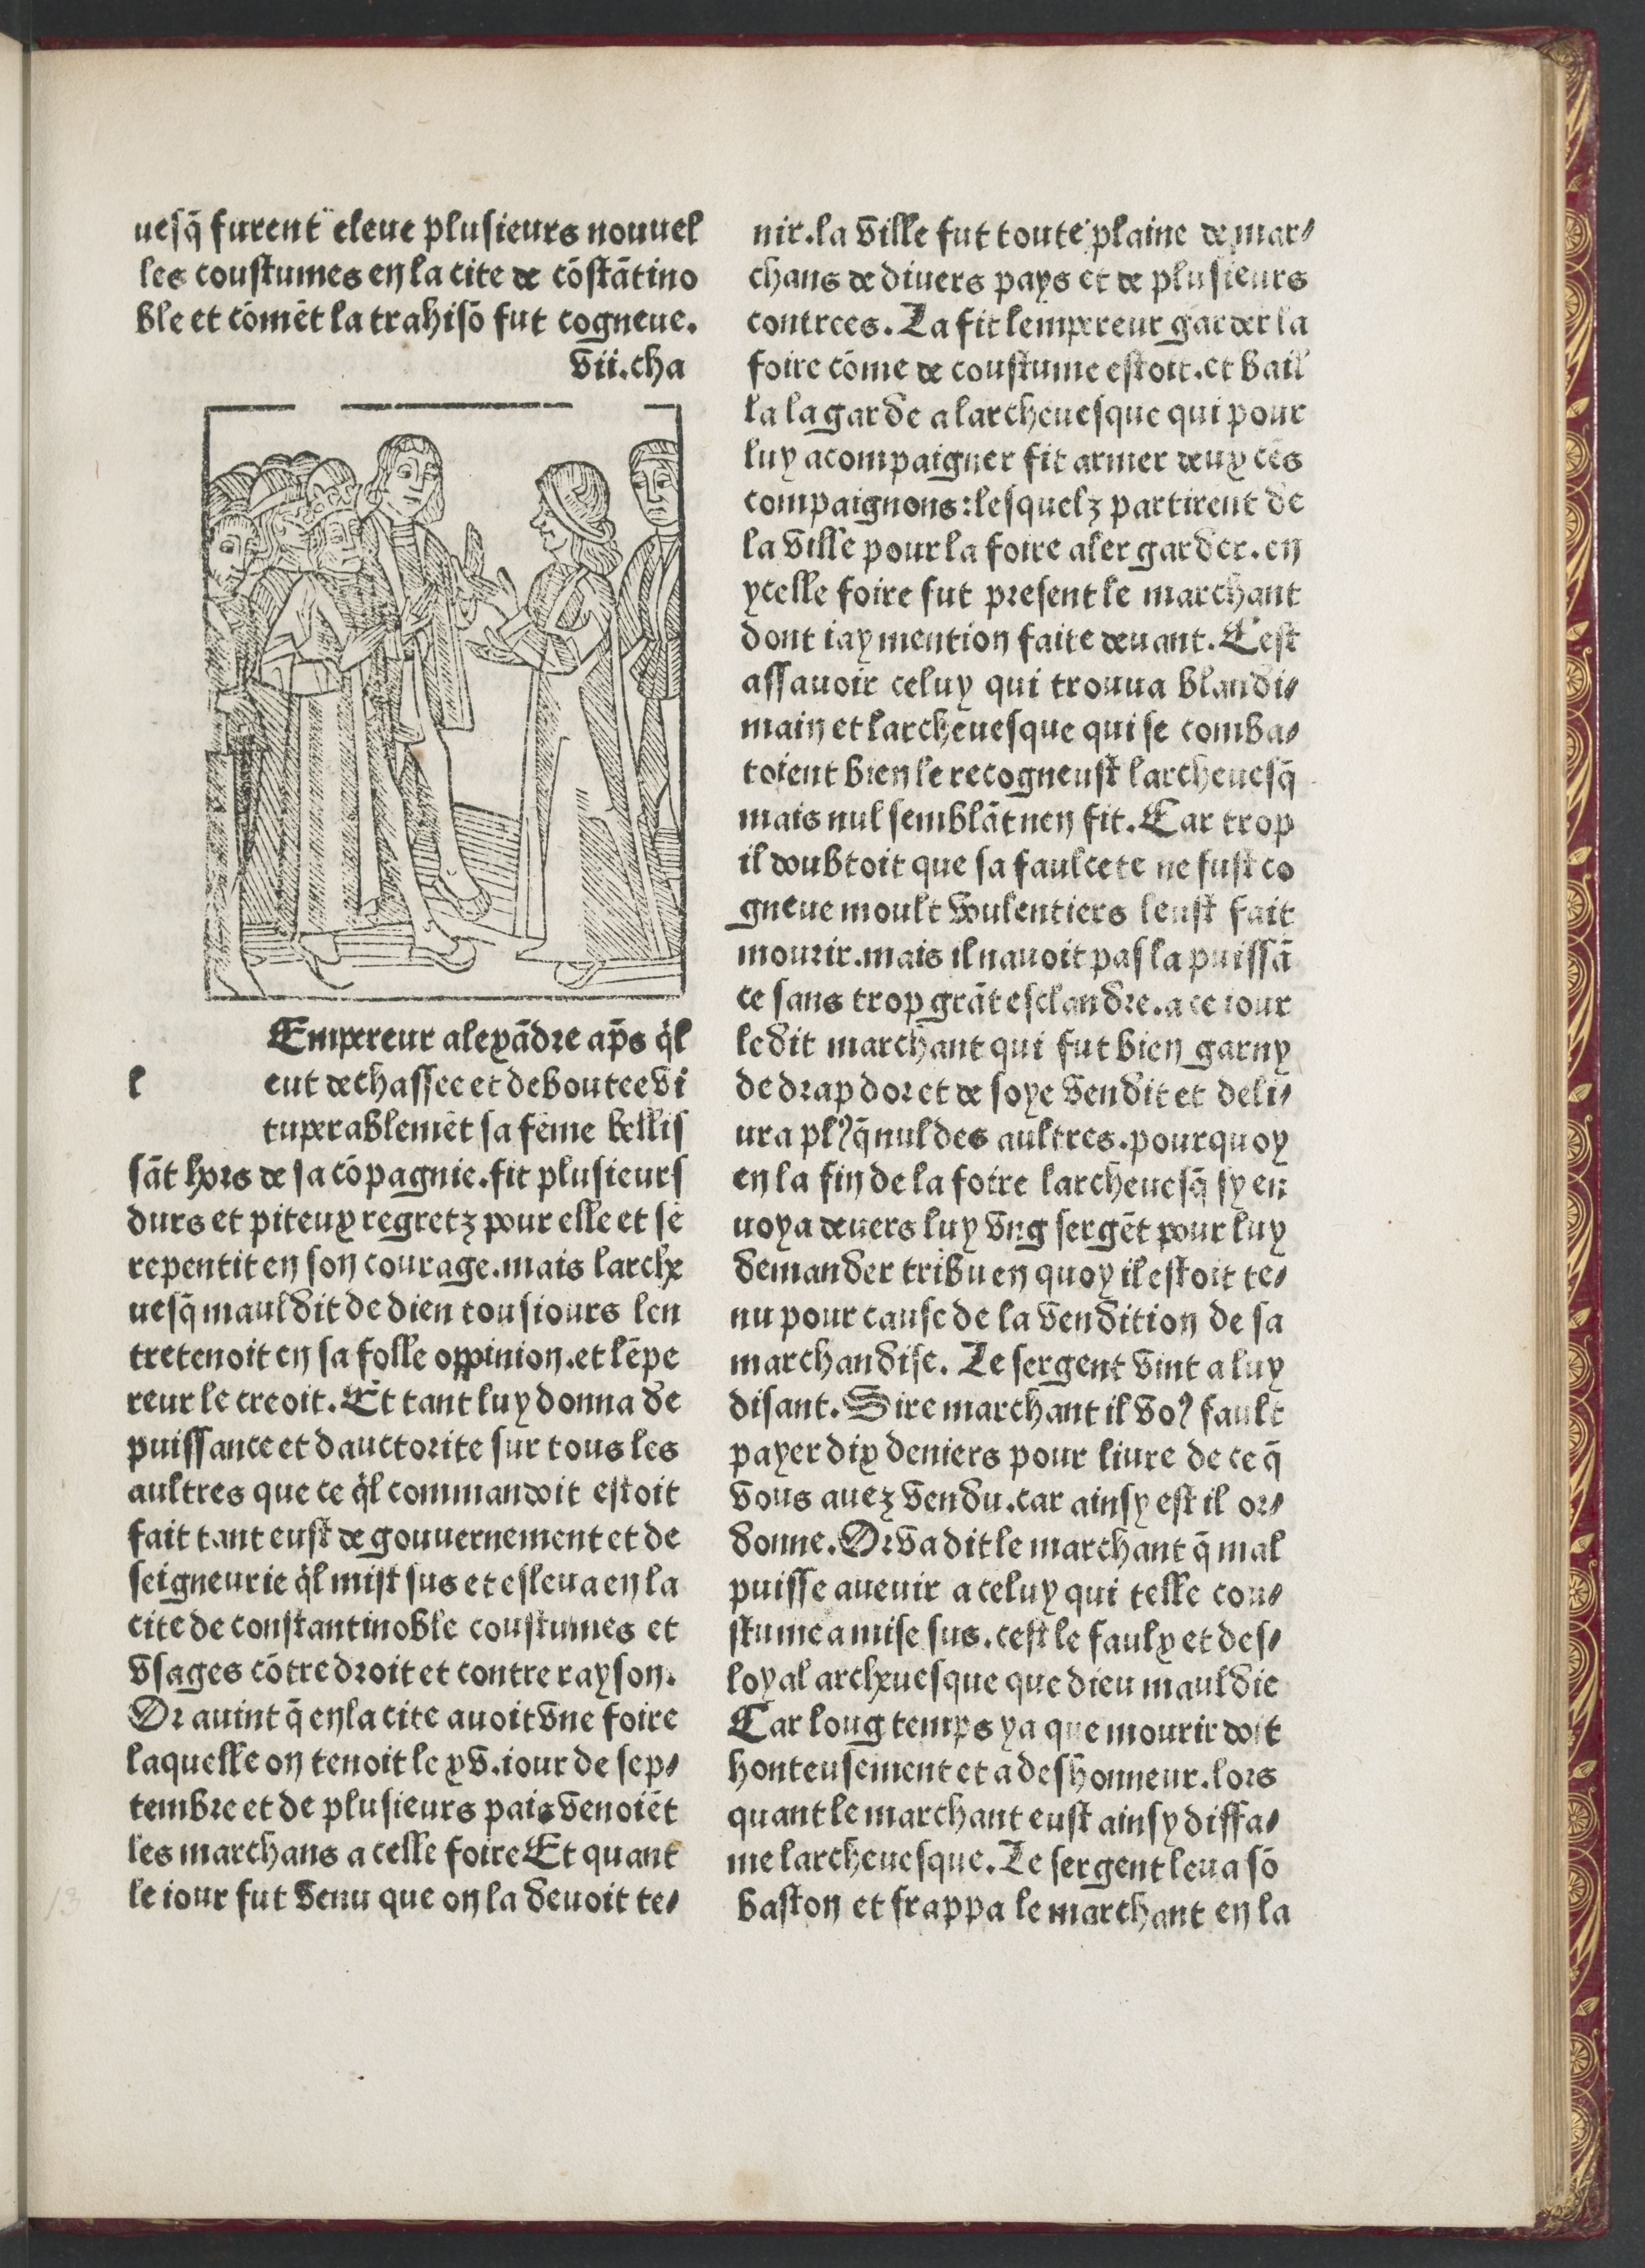
Shelfmark: Paris, BnF, Rés. Y2-82
Century: 15